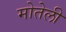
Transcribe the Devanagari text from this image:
मोतेली